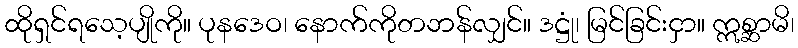
ထိုရှင်ရသေ့ပျိုကို။ ပုနဒေဝ၊ နောက်ကိုတဘန်လျှင်။ ဒဋ္ဌုံ၊ မြင်ခြင်းငှာ။ ဣစ္ဆာမိ၊